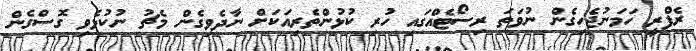
ރެފްރީ ހަމަނުޖެހިގެން ނުވަތަ ރިސޯޓެއްގައި ހުރި ކުޅުންތެރިއަކަށް ނާދެވިގެން މެޗު ނުކުޅެވި ގޮސްގެން